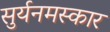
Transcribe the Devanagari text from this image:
सुर्यनमस्कार